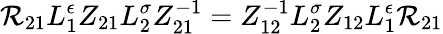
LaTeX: {\cal R}_{21}L_{1}^{\epsilon}Z_{21}L_{2}^{\sigma}Z_{21}^{-1}=Z_{12}^{-1}L_{2}^{\sigma}Z_{12}L_{1}^{\epsilon}{\cal R}_{21}